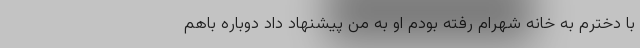
با دخترم به خانه شهرام رفته بودم او به من پیشنهاد داد دوباره باهم